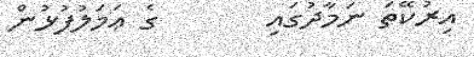
އިރުކޭތަ ނަމާދުގައި       ގެ ޢަމަލުފުޅުން